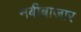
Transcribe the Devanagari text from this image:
नबीबाजार